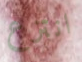
انتزع